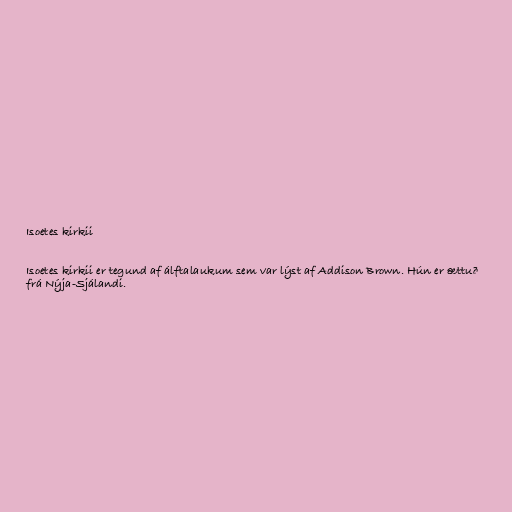
Isoetes kirkii

Isoetes kirkii er tegund af álftalaukum sem var lýst af Addison Brown. Hún er ættuð
frá Nýja-Sjálandi.